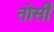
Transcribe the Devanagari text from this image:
तोर्सी